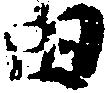
田